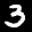
Digit: 3